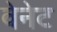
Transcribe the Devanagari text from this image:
वेनेट